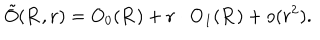
\tilde { O } ( { \bf R } , { \bf r } ) = O _ { 0 } ( { \bf R } ) + { \bf r } \cdot { \bf O } _ { 1 } ( { \bf R } ) + o ( r ^ { 2 } ) .